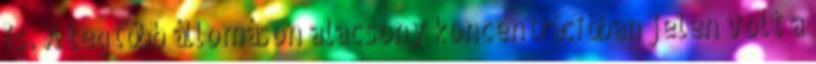
is. A legtöbb állomáson alacsony koncentrációban jelen volt a